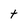
Character: h